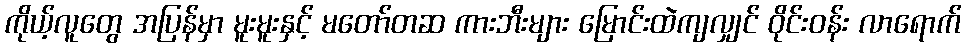
ကိုယ့်လူတွေ အပြန်မှာ မူးမူးနှင့် မတော်တဆ ကားဘီးများ မြောင်းထဲကျလျှင် ဝိုင်းဝန်း လာရောက်